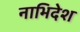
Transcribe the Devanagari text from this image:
नाभिदेश